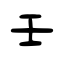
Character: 壬